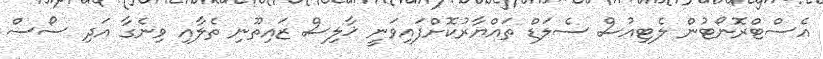
އެސްޓްރޮނޯޓުން ލެޓިއުސް ސެލަޑް ތައްޔާރުކޮށްފައިވަނީ ޚާލިސް ޒައިތޫނި ތެލާއި ވިނެގާ އަދި ސޯސް